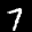
Label: 7